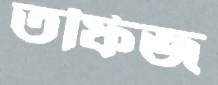
তফিজ